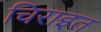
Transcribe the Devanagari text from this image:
चिराइत